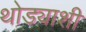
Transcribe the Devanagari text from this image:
थोड्याशी